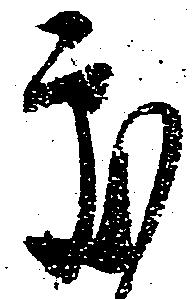
処